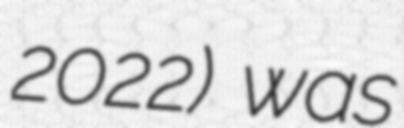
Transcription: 2022) was